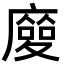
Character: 𢋌